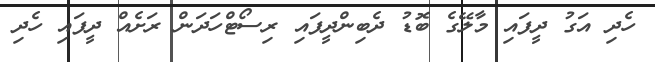
ހެދި އަގު ދީފައި މާލޭގެ ބޮޑު ދެބިންދީފައި ރިސޯޓްހަދަން ރަށެއް ދީފައި ހެދި